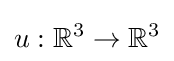
u:\mathbb {R} ^{3}\to \mathbb {R} ^{3}